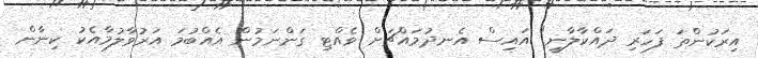
އިރަކުންތަ ފަހަރި ދައްކާލާނީ" އައިސް އެނދުމައްޗަށް ވެއްޓި ގަންނަމުން އެއްބުމަ އަރުވާލުމާއެކު ކިނާން